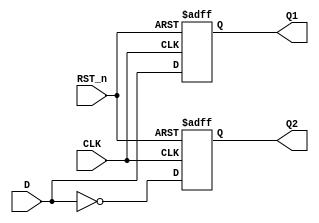
`timescale 1ns / 1ns
//////////////////////////////////////////////////////////////////////////////////
// Company: 
// Engineer: 
// 
// Design Name: 
// Module Name: Asynchronous_D_FF
// Project Name: 
// Target Devices: 
// Tool Versions: 
// Description: 
// 
// Dependencies: 
// 
// Revision:
// Revision 0.01 - File Created
// Additional Comments:
// 
//////////////////////////////////////////////////////////////////////////////////


module Asynchronous_D_FF(
    input CLK,
    input D,
    input RST_n,
    output reg Q1,
    output reg Q2
    );
    always@(posedge CLK or negedge RST_n)
    begin
    if(RST_n==0)
    begin
    Q1=0;
    Q2=1;
    end
    else
    begin
    Q1=D;
    Q2=~D;
    end
    end
endmodule